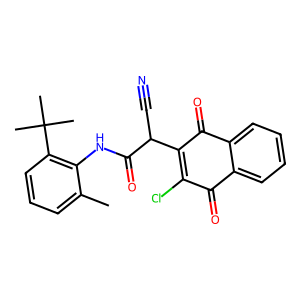
SMILES: Cc1cccc(C(C)(C)C)c1NC(=O)C(C#N)C1=C(Cl)C(=O)c2ccccc2C1=O
Inhibits HIV replication: No